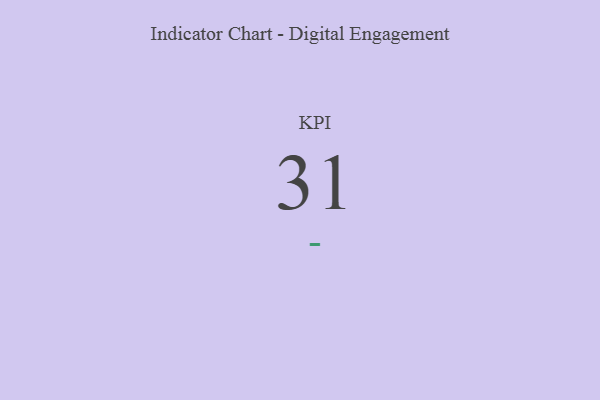
{"axis": {"x": "KPI", "y": "Value"}, "legend": [""], "data": [{"x": "KPI", "y": 31, "type": ""}]}